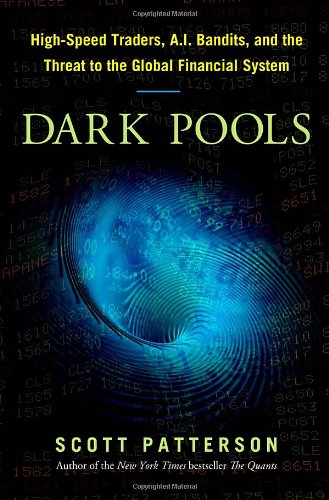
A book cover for Dark Pools: The Rise of the Machine Traders and the Rigging of the U.S. Stock Market; Scott Patterson; Computers & Technology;